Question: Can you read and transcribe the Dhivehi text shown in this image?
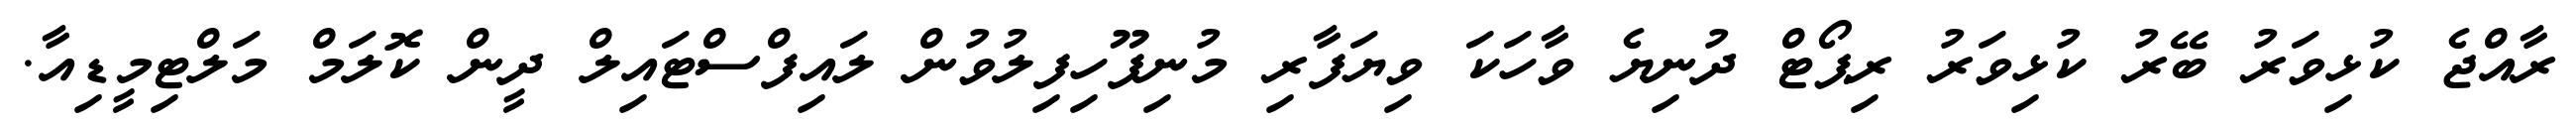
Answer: ރާއްޖެ ކުޅިވަރު ބޭރު ކުޅިވަރު ރިޕޯޓް ދުނިޔެ ވާހަކަ ވިޔަފާރި މުނިފޫހިފިލުވުން ލައިފްސްޓައިލް ދީން ކޮލަމް މަލްޓިމީޑިއާ.